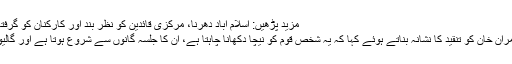
مزید پڑھیں: اسلام آباد دھرنا، مرکزی قائدین کو نظر بند اور کارکنان کو گرفتار کرنے کا فیصلہ
رانا ثنااءاللہ نے عمران خان کو تنقید کا نشانہ بناتے ہوئے کہا کہ یہ شخص قوم کو نیچا دکھانا چاہتا ہے، ان کا جلسہ گانوں سے شروع ہوتا ہے اور گالیوں پر ختم ہوتا ہے۔